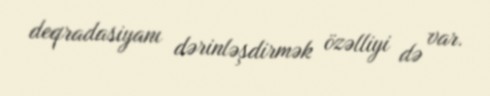
deqradasiyanı dərinləşdirmək özəlliyi də var.